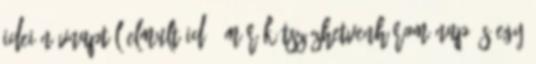
Idei névnaptól elmult idő: már kétszázhetvenhárom nap és egy